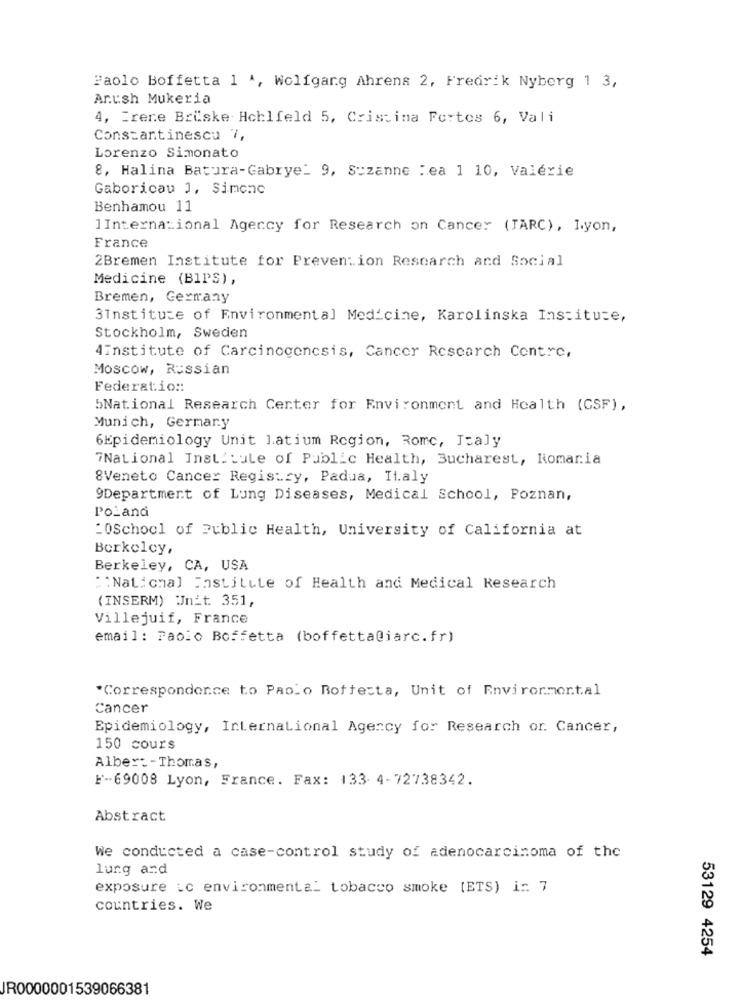
Paolo Boffetta 1 ^, Wolfgang Ahrens 2, Fredrik Nyberg 1 3,
Arush Mukeria
4, Trene Briske Hchlfeld 5, Cristina Fortes 6, Vali
Constantinescu 7,
Lorenzo Simonato
8, Halina Batura-Gabrye_ 9, Suzanne : ea 1 10, Valérie
Gaboricau 1, Simone
Benhamou 11
1International Agency for Research on Cancer (JARC), Iyon,
France
2Bremen Institute for Prevention Research and Social
Medicine (BIPS),
Bremen, Germany
3institute of Environmental Medicine, Karolinska Institute,
Stockholm, Sweden
4institute of Carcinogenesis, Cancer Research Centre,
Moscow, Russian
Federation:
5National Research Center for Environment and Health (GSF),
Munich, Germany
6Epidemiology Unit latium Region, Rome, Italy
7National Institute of Public Health, Bucharest, Romania
8Veneto Cancer Registry, Padua, Italy
9Department of Lung Diseases, Medical School, Poznan,
Poland
"OSchool of Public Health, University of California at
Berkeley,
Berkeley, CA, USA
""National Institute of Health and Medical Research
(INSERM) Jnit 351,
Villejuif, France
email: Paolo Boffetta (boffetta@iarc.fr)
*Correspondence to Paolo Boftesta, Unit of Environmental
Cancer
Epidemiology, International Agency for Research or. Cancer,
150 cours
Albert -Thomas,
F-69008 Lyon, France. Fax: 133- 4-72738342.
Abstract
We conducted a case-control study of adenocarcinoma of the
lung and
exposure ic environmental tobacco smoke [ETS) ir 7
countries. We
53129 4254
JR0000001539066381